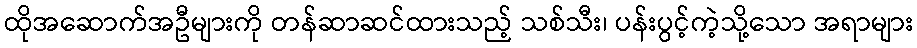
ထိုအဆောက်အဦများကို တန်ဆာဆင်ထားသည့် သစ်သီး၊ ပန်းပွင့်ကဲ့သို့သော အရာများ